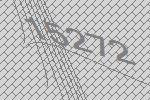
15272